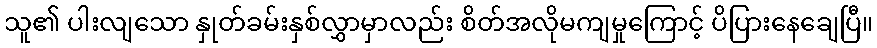
သူ၏ ပါးလျသော နှုတ်ခမ်းနှစ်လွှာမှာလည်း စိတ်အလိုမကျမှုကြောင့် ပိပြားနေချေပြီ။